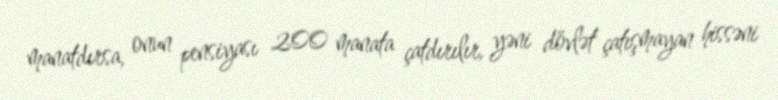
manatdırsa, onun pensiyası 200 manata çatdırılır, yəni dövlət çatışmayan hissəni